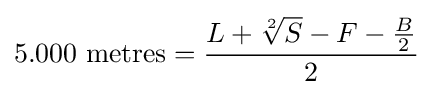
5.000{\mbox{ metres}}={\frac {L+{\sqrt[{2}]{S}}-F-{\frac {B}{2}}}{2}}